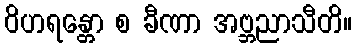
ဝိဟရန္တော စ ခီဏာ အဗ္ဘညာသီတိ။